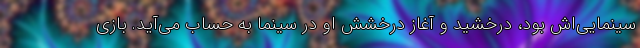
سینمایی‌اش بود، درخشید و آغاز درخشش او در سینما به حساب می‌آید. بازی